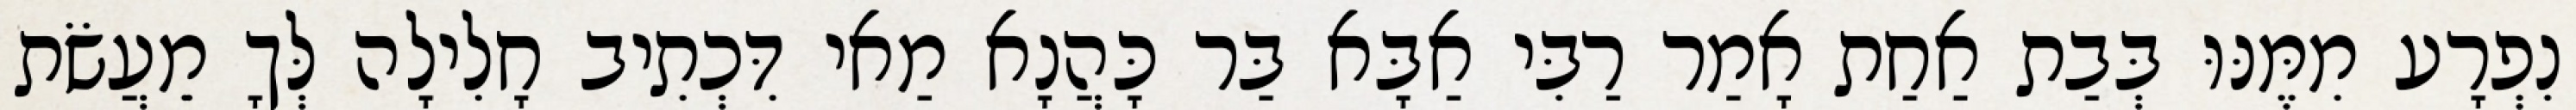
נִפְרָע מִמֶּנּוּ בְּבַת אַחַת אָמַר רַבִּי אַבָּא בַּר כָּהֲנָא מַאי דִּכְתִיב חָלִילָה לְּךָ מֵעֲשֹׂת